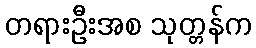
တရားဦးအစ သုတ္တန်က